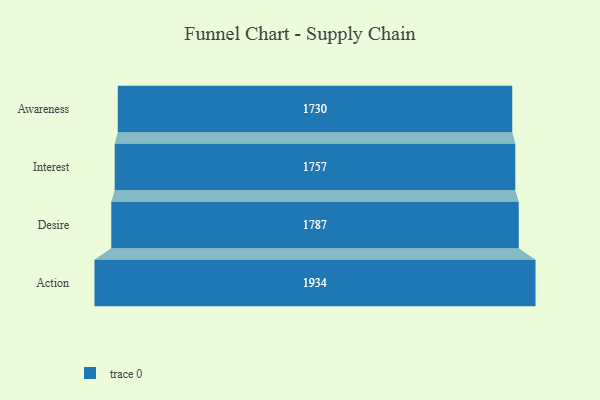
{"axis": {"x": "Stage", "y": "Value"}, "legend": [""], "data": [{"x": "Awareness", "y": 1730.0, "type": ""}, {"x": "Interest", "y": 1757.0, "type": ""}, {"x": "Desire", "y": 1787.0, "type": ""}, {"x": "Action", "y": 1934.0, "type": ""}]}